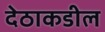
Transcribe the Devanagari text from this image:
देठाकडील